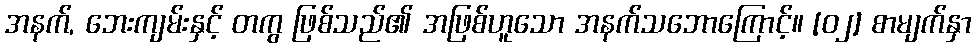
အနက်, ဘေးကျမ်းနှင့် တကွ ဖြစ်သည်၏ အဖြစ်ဟူသော အနက်သဘောကြောင့်။ [၀၂] စာမျက်နှာ